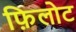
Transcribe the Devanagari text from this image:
फ़िलोट